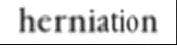
herniation